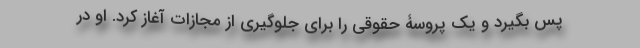
پس بگیرد و یک پروسۀ حقوقی را برای جلوگیری از مجازات آغاز کرد. او در